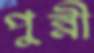
পুন্নী